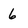
Character: 6